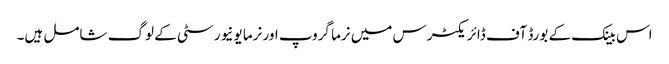
اس بینک کے بورڈ آف ڈائریکٹرس میں نرما گروپ اور نرما یونیورسٹی کے لوگ شامل ہیں۔